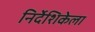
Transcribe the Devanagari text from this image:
निर्देशिकेला